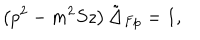
\left( p ^ { 2 } - m ^ { 2 } S z \right) \tilde { \Delta } _ { F p } = 1 ,